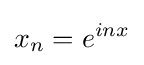
x_{n}=e^{inx}